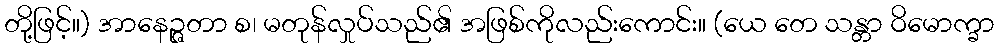
တို့ဖြင့်။) အာနေဉ္ဇတာ စ၊ မတုန်လှုပ်သည်၏ အဖြစ်ကိုလည်းကောင်း။ (ယေ တေ သန္တာ ဝိမောက္ခာ